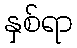
နှစ်ရာ